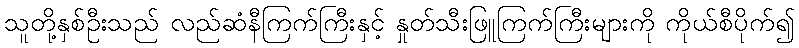
သူတို့နှစ်ဦးသည် လည်ဆံနီကြက်ကြီးနှင့် နှုတ်သီးဖြူကြက်ကြီးများကို ကိုယ်စီပိုက်၍